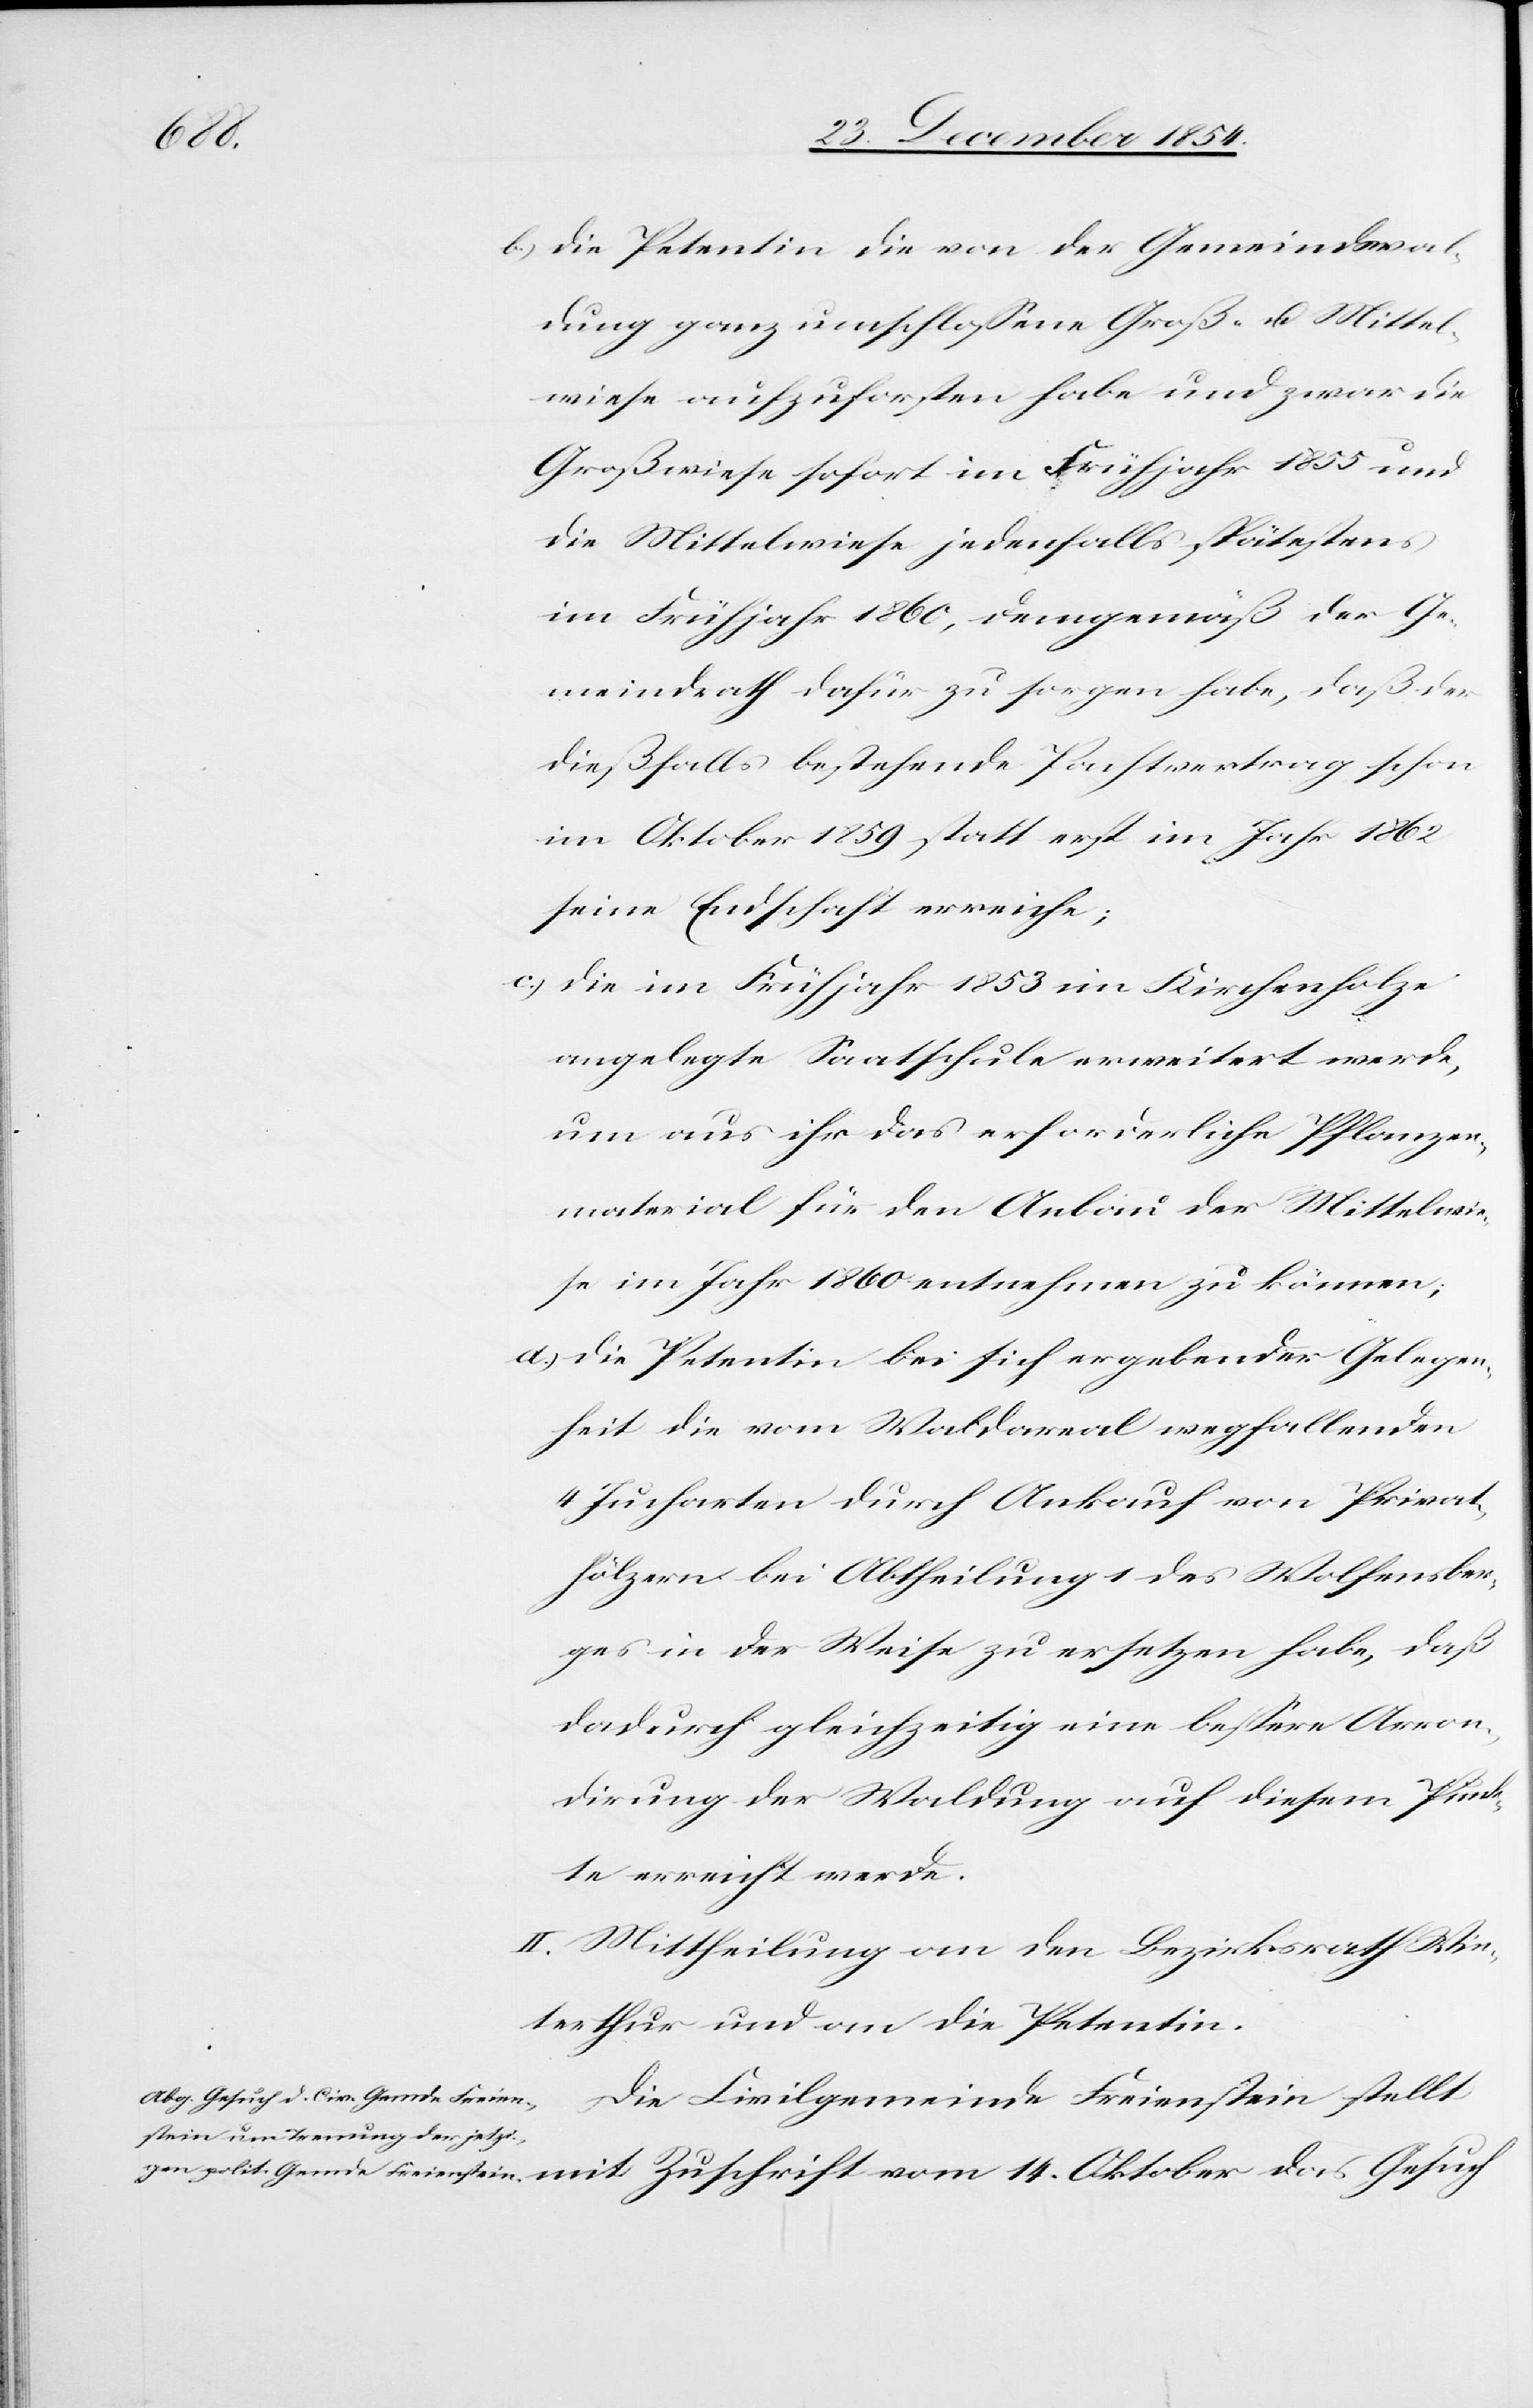
14.

b.) die Petentin die von der Gemeindswal¬
dung ganz umschloßene Groß- u. Mittel¬
weise aufzuforsten habe und zwar die
Großwiese sofort im Frühjahr 1855 und
die Mittelwiese jedenfalls spätestens
im Frühjahr 1860, demgemäß der Ge¬
meindrath dafür zu sorgen habe, daß der
dießfalls bestehende Pachtvertrag schon
im Oktober 1859 statt erst im Jahr 1862
seine Endschaft erreiche;
c.) die im Frühjahr 1853 im Kirchenholze
angelegte Saatschule erweitert werde,
um aus ihr das erforderliche Pflanzen¬
material für den Anbau der Mittelwie¬
se im Jahr 1860 entnehmen zu können;
d.) die Petentin bei sich ergebender Gelegen¬
heit die vom Waldareal wegfallenden
4 Jucharten durch Ankauf von Privat¬
hölzern bei Abtheilung 1 des Wolfensber¬
ges in der Weise zu ersetzen habe, daß
dadurch gleichzeitig eine beßere Arron¬
dirung der Waldung auf diesem Punk¬
te erreicht werde.
II. Mittheilung an den Bezirksrath Win¬
terthur und an die Petentin.
Die Civilgemeinde Freienstein stellt